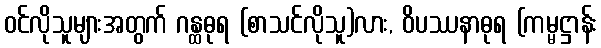
ဝင်လိုသူများအတွက် ဂန္ထဓုရ (စာသင်လိုသူ)လား, ဝိပဿနာဓုရ (ကမ္မဋ္ဌာန်း